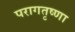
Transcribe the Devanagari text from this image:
परागतृष्णा